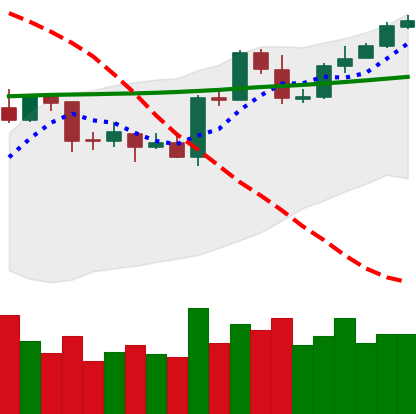
Ticker: ETH-USD
Chart end date: 2020-04-26
Forward return: 8.566%
Label: up_7plus